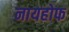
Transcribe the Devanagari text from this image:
नायहोफ